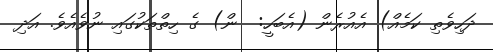
ދަހިވެތި ކަމެއް) އެއުރެން (އެބަހީ:  ން) ގެ ހިތްތަކުގައި ނުވެއެވެ. އަދި